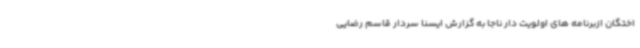
اختگان ازبرنامه های اولویت دار ناجا به گزارش ایسنا سردار قاسم رضایی